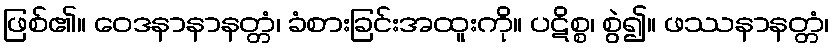
ဖြစ်၏။ ဝေဒနာနာနတ္တံ၊ ခံစားခြင်းအထူးကို။ ပဋိစ္စ၊ စွဲ၍။ ဖဿနာနတ္တံ၊